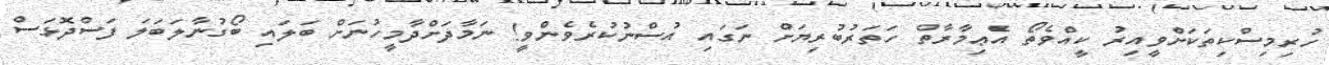
ހުރިމިސްކިތަކަށްވީއިރު ކީއްވެތޯ އެޢިމާރާތް ހަތަރުބުރިޔަށް ނަގައި އުސްނުކުރެވެންވީ! ނަމާދަށްދާމީހުނަށް ބަލައި ބޯގުނާލަބަލަ ފަސްދޮޅަސް